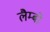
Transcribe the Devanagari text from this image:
लैम्बो